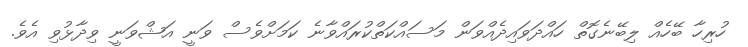
ހުރިހާ ބޭހެއް ލިބޭނެގޮތް ހައްދަވައިދެއްވަން މަސައްކަތްކުރައްވާނެ ކަމަށްވެސް ވަނީ އަޝްވަނީ ވިދާޅުވި އެވެ.